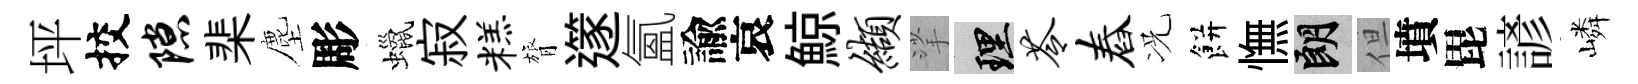
坪挍隙棐塵彫蠟寂糕膂𨗹氳諭哀鯨缬挲理苓舂况餅憮朗但墳毘諺嶙